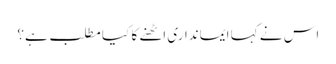
اس نے کہا ایمانداری اٹھنے کا کیا مطلب ہے؟